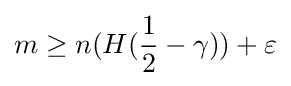
m\geq n(H({\frac {1}{2}}-\gamma ))+\varepsilon